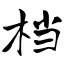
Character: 档